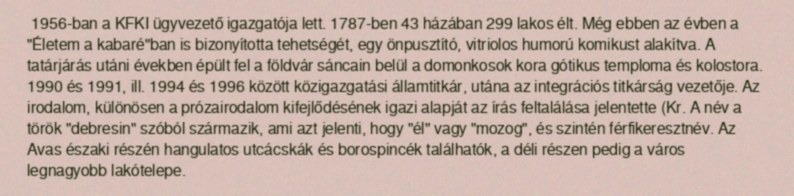
1956-ban a KFKI ügyvezető igazgatója lett. 1787-ben 43 házában 299 lakos élt. Még ebben az évben a "Életem a kabaré"ban is bizonyította tehetségét, egy önpusztító, vitriolos humorú komikust alakítva. A tatárjárás utáni években épült fel a földvár sáncain belül a domonkosok kora gótikus temploma és kolostora. 1990 és 1991, ill. 1994 és 1996 között közigazgatási államtitkár, utána az integrációs titkárság vezetője. Az irodalom, különösen a prózairodalom kifejlődésének igazi alapját az írás feltalálása jelentette (Kr. A név a török "debresin" szóból származik, ami azt jelenti, hogy "él" vagy "mozog", és szintén férfikeresztnév. Az Avas északi részén hangulatos utcácskák és borospincék találhatók, a déli részen pedig a város legnagyobb lakótelepe.